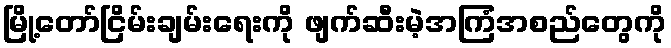
မြို့တော်ငြိမ်းချမ်းရေးကို ဖျက်ဆီးမဲ့အကြံအစည်တွေကို